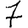
Digit: 7